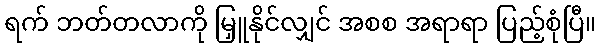
ရက် ဘတ်တလာကို မြှူနိုင်လျှင် အစစ အရာရာ ပြည့်စုံပြီ။